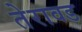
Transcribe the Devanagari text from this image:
तेरावड